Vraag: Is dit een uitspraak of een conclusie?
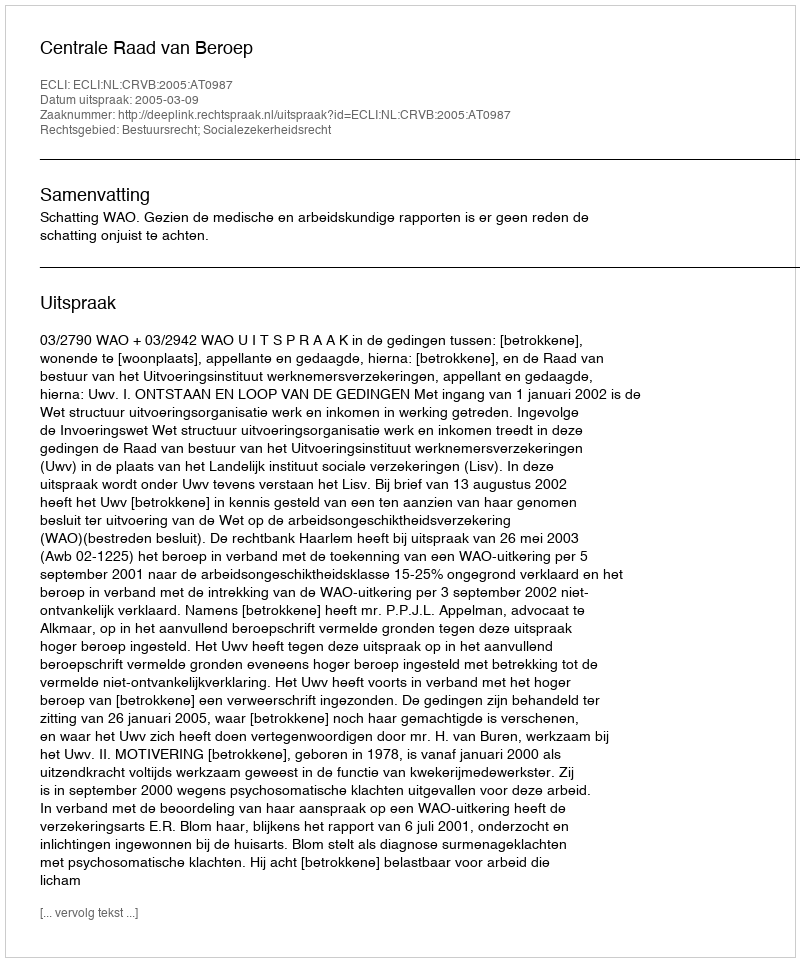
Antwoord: Uitspraak